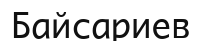
Байсариев